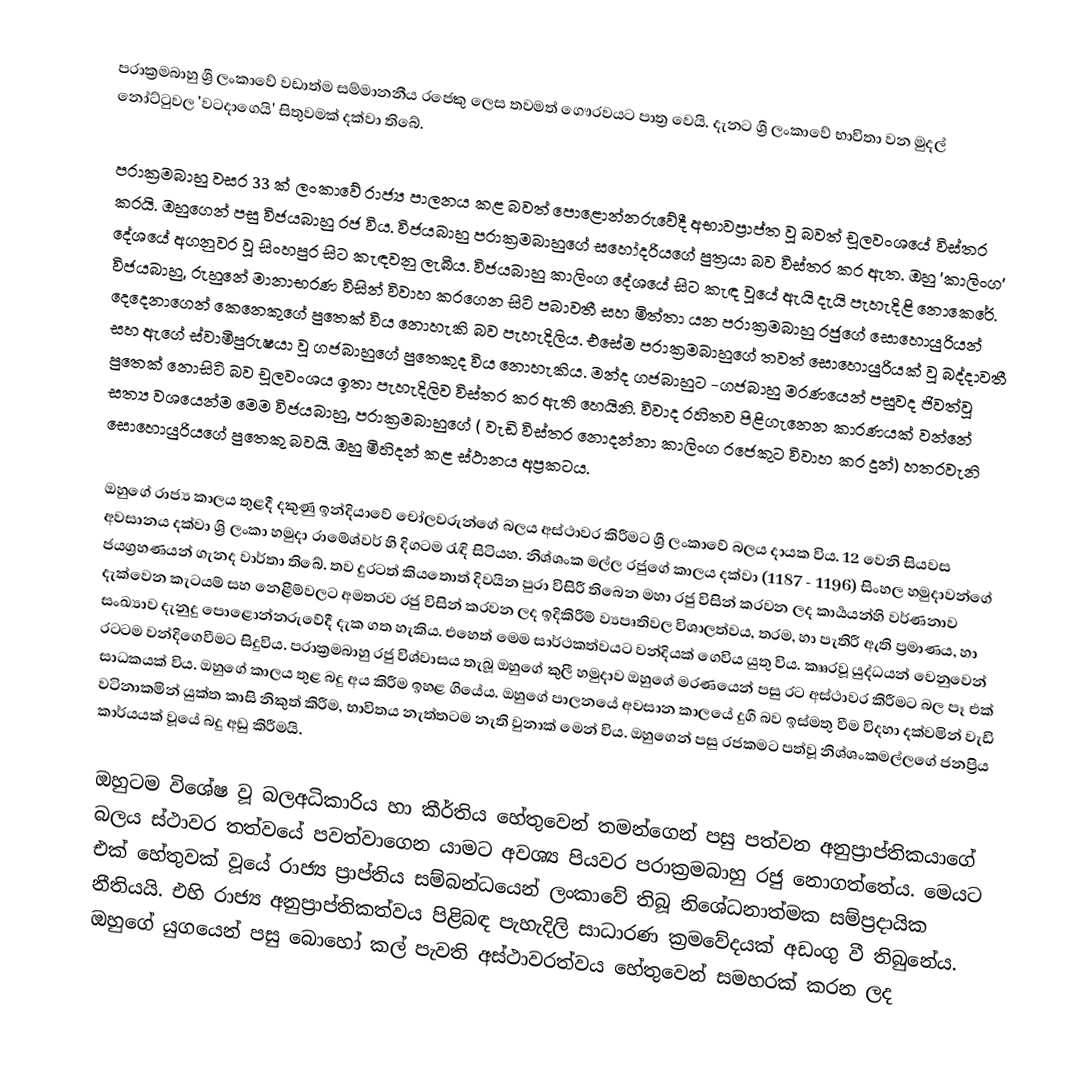
පරාක්‍රමබාහු ශ්‍රී ලංකාවේ වඩාත්ම සම්මානනීය රජෙකු ලෙස තවමත් ගෞරවයට පාත්‍ර වෙයි. දැනට ශ්‍රී ලංකාවේ භාවිතා වන මුදල් නෝට්ටුවල 'වටදාගෙයි' සිතුවමක් දක්වා තිබේ.

පරාක්‍රමබාහු වසර 33 ක් ලංකාවේ රාජ්‍ය පාලනය කළ බවත් පොළොන්නරුවේදී අභාවප්‍රාප්ත වූ බවත් චූලවංශයේ විස්තර කරයි. ඔහුගෙන් පසු විජයබාහු රජ විය. විජයබාහු පරාක්‍රමබාහුගේ සහෝදරියගේ පුත්‍රයා බව විස්තර කර ඇත. ඔහු 'කාලිංග' දේශයේ අගනුවර වූ සිංහපුර සිට කැඳවනු ලැබීය. විජයබාහු කාලිංග දේශයේ සිට කැඳ වූයේ ඇයි දැයි පැහැදිළි නොකෙරේ. විජයබාහු, රුහුනේ මානාභරණ විසින් විවාහ කරගෙන සිටි පබාවතී සහ මිත්තා යන පරාක්‍රමබාහු රජුගේ සොහොයුරියන් දෙදෙනාගෙන් කෙනෙකුගේ පුතෙක් විය නොහැකි බව පැහැදිලිය. එසේම පරාක්‍රමබාහුගේ තවත් සොහොයුරියක් වූ බද්දාවතී සහ ඇගේ ස්වාමිපුරුෂයා වූ ගජබාහුගේ පුතෙකුද විය නොහැකිය. මන්ද ගජබාහුට -ගජබාහු මරණයෙන් පසුවද ජිවත්වූ පුතෙක් නොසිටි බව චූලවංශය ඉතා පැහැදිලිව විස්තර කර ඇති හෙයිනි. විවාද රහිතව පිළිගැනෙන කාරණයක් වන්නේ සත්‍ය වශයෙන්ම මෙම විජයබාහු, පරාක්‍රමබාහුගේ ( වැඩි විස්තර නොදන්නා කාලිංග රජෙකුට විවාහ කර දුන්) හතරවැනි සොහොයුරියගේ පුතෙකු බවයි. ඔහු මිහිදන් කළ ස්ථානය අප්‍රකටය.

ඔහුගේ රාජ්‍ය කාලය තුළදී දකුණු ඉන්දියාවේ චෝලවරුන්ගේ බලය අස්ථාවර කිරීමට ශ්‍රී ලංකාවේ බලය දායක විය. 12 වෙනි සියවස අවසානය දක්වා ශ්‍රි ලංකා හමුදා රාමේශ්වර් හි දිගටම රැඳි සිටියහ. නිශ්ශංක මල්ල රජුගේ කාලය දක්වා (1187 - 1196) සිංහල හමුදාවන්ගේ ජයග්‍රහණයන් ගැනද වාර්තා තිබේ. තව දුරටත් කියතොත් දිවයින පුරා විසිරී තිබෙන මහා රජු විසින් කරවන ලද කාර්‍යයන්හි වර්ණනාව දැක්වෙන කැටයම් සහ නෙළීම්වලට අමතරව රජු විසින් කරවන ලද ඉදිකිරීම් ව්‍යපෘතිවල විශාලත්වය, තරම, හා පැතිරී ඇති ප්‍රමාණය, හා සංඛ්‍යාව දැනුදු පොළොන්නරුවේදී දැක ගත හැකිය. එහෙත් මෙම සාර්ථකත්වයට වන්දියක් ගෙවිය යුතු විය. කෲරවූ යුද්ධයන් වෙනුවෙන් රටටම වන්දිගෙවීමට සිදුවිය. පරාක්‍රමබාහු රජු විශ්වාසය තැබූ ඔහුගේ කුලී හමුදාව ඔහුගේ මරණයෙන් පසු රට අස්ථාවර කිරීමට බල පෑ එක් සාධකයක් විය. ඔහුගේ කාලය තුළ බදු අය කිරීම ඉහළ ගියේය. ඔහුගේ පාලනයේ අවසාන කාලයේ දුගී බව ඉස්මතු වීම විදහා දක්වමින් වැඩි වටිනාකමින් යුක්ත කාසි නිකුත් කිරීම, භාවිතය නැත්තටම නැති වුනාක් මෙන් විය. ඔහුගෙන් පසු රජකමට පත්වූ නිශ්ශංකමල්ලගේ ජනප්‍රිය කාර්යයක් වූයේ බදු අඩු කිරීමයි.

ඔහුටම විශේෂ වූ බලඅධිකාරිය හා කීර්තිය හේතුවෙන් තමන්ගෙන් පසු පත්වන අනුප්‍රාප්තිකයාගේ බලය ස්ථාවර තත්වයේ පවත්වාගෙන යාමට අවශ්‍ය පියවර පරාක්‍රමබාහු රජු නොගත්තේය. මෙයට එක් හේතුවක් වූයේ රාජ්‍ය ප්‍රාප්තිය සම්බන්ධයෙන් ලංකාවේ තිබූ නිශේධනාත්මක සම්ප්‍රදායික නීතියයි. එහි රාජ්‍ය අනුප්‍රාප්තිකත්වය පිළිබඳ පැහැදිලි සාධාරණ ක්‍රමවේදයක් අඩංගු වී තිබුනේය. ඔහුගේ යුගයෙන් පසු බොහෝ කල් පැවති අස්ථාවරත්වය හේතුවෙන් සමහරක් කරන ලද